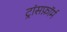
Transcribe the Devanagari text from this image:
ट्रांसफ़ॉर्म